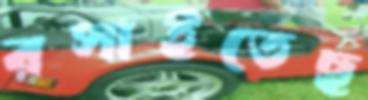
রসাইতেছ